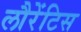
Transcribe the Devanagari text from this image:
लौरेंटिस